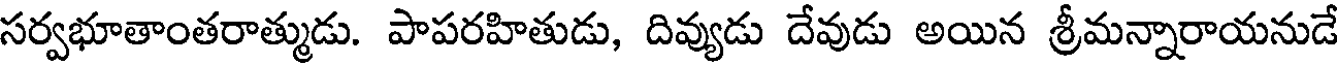
సర్వభూతాంతరాత్ముడు. పాపరహితుడు, దివ్యుడు దేవుడు అయిన శ్రీమన్నారాయనుడే